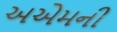
અએમની